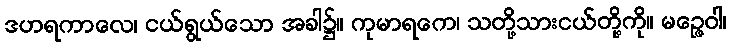
ဒဟရကာလေ၊ ငယ်ရွယ်သော အခါ၌။ ကုမာရကေ၊ သတို့သားငယ်တို့ကို။ မဉ္ဇေဝါ၊